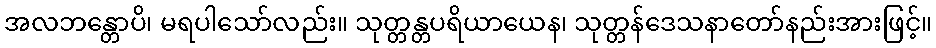
အလဘန္တောပိ၊ မရပါသော်လည်း။ သုတ္တန္တပရိယာယေန၊ သုတ္တန်ဒေသနာတော်နည်းအားဖြင့်။